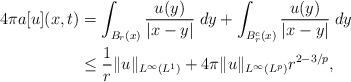
LaTeX: \begin{align*}4\pi a[u](x,t) &= \int_{B_r(x)} \frac{u(y)}{|x-y|}\;dy + \int_{B_r^c(x)} \frac{u(y)}{|x-y|}\;dy \\&\le \frac{1}{r} \|u\|_{L^\infty(L^1)} + 4\pi \|u\|_{L^\infty(L^p)}r^{2-3/p},\end{align*}